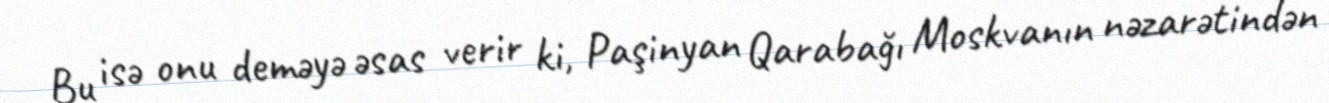
Bu isə onu deməyə əsas verir ki, Paşinyan Qarabağı Moskvanın nəzarətindən